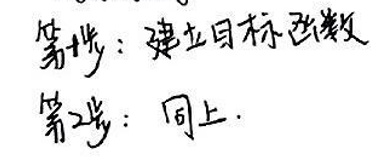
第1步：建立目标函数

第2步：同上.